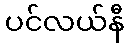
ပင်လယ်နီ